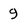
Character: 9